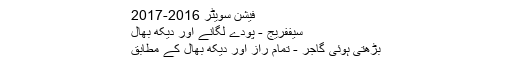
فیشن سویٹر 2016-2017
سیففریج - پودے لگانے اور دیکھ بھال
بڑھتی ہوئی گاجر - تمام راز اور دیکھ بھال کے مطابق